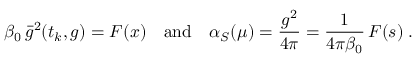
\beta _ { 0 } \, \bar { g } ^ { 2 } ( t _ { k } , g ) = F ( x ) \quad \mathrm { a n d } \quad \alpha _ { S } ( \mu ) = \frac { g ^ { 2 } } { 4 \pi } = \frac { 1 } { 4 \pi \beta _ { 0 } } \, F ( s ) \; .